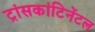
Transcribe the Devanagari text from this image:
ट्रांसकांटिनेंटल